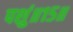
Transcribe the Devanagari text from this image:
पशुं॥१५॥